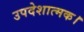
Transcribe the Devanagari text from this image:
उपदेशात्मक।